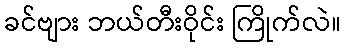
ခင်ဗျား ဘယ်တီးဝိုင်း ကြိုက်လဲ။